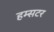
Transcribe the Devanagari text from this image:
हम्सटर